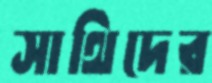
সাথিদের